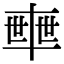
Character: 𠦴